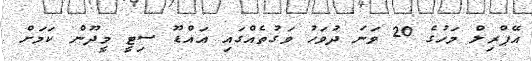
އޭޕްރިލް މަހުގެ 20 ވަނަ ދުވަހު ވަގުތެއްގައި އައްޑޫ ސިޓީ މީދޫން ކަމަށް